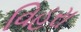
વિહરા